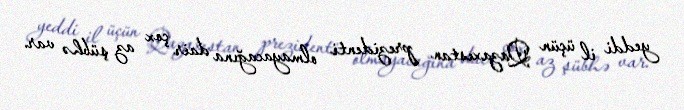
yeddi il üçün Qazaxıstan prezidenti olmayacağına dair çox az şübhə var.